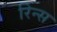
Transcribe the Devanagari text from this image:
रिन्स